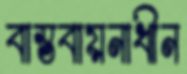
বাস্তবায়নাধীন